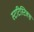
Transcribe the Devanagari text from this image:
स्टटिस्टिक्स